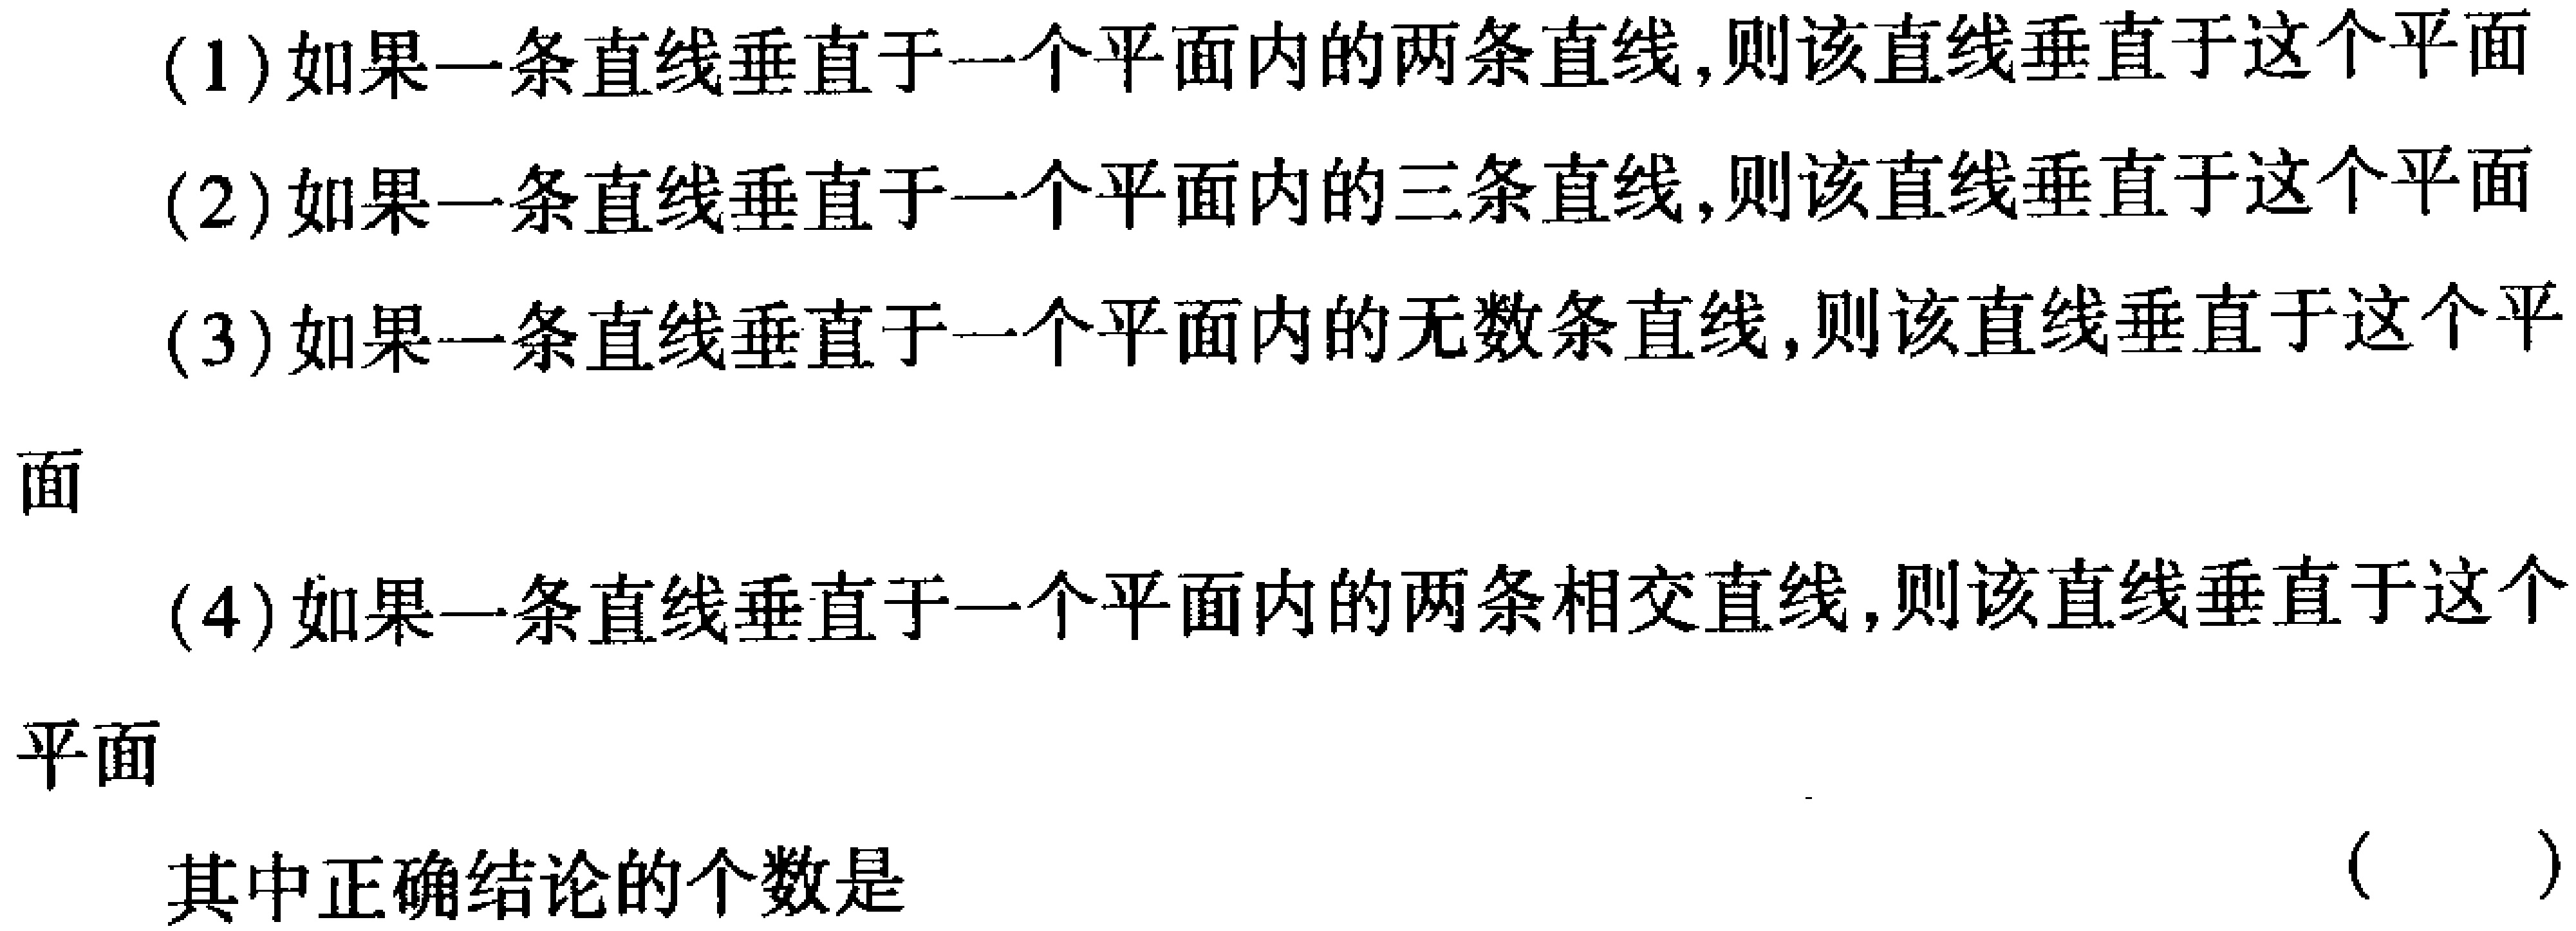
(1)如果一条直线垂直于一个平面内的两条直线,则该直线垂直于这个平面
(2)如果一条直线垂直于一个平面内的三条直线,则该直线垂直于这个平面
(3)如果一条直线垂直于一个平面内的无数条直线,则该直线垂直于这个平
面
(4)如果一条直线垂直于一个平面内的两条相交直线,则该直线垂直于这个
平面
其中正确结论的个数是
( )